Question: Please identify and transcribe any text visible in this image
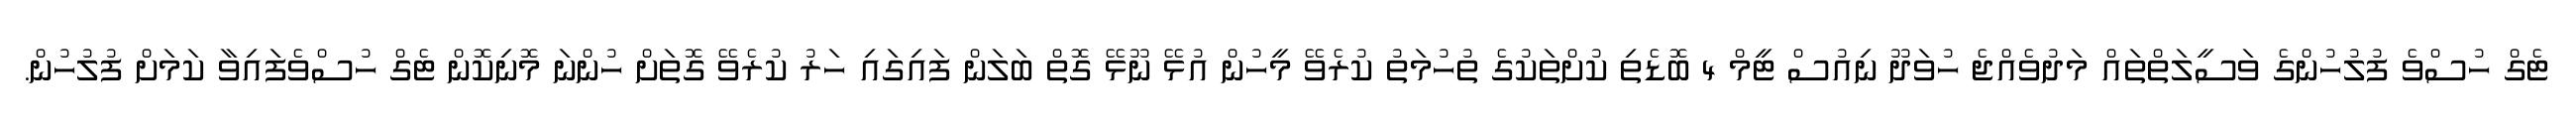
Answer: ޓެގް ހުސްވެ ފުލުހުންގެ ވަސީލަތްތައް މަދުވެއްޖެ ހުވަދޫ ނިއުސް ޓީމް 4 ބޮޑެތި ކުށްތަކުގެ ތުހުމަތު ކުރެވޭ މީހުން އުޅޭ ނޫޅޭ ގޮތް ބަލަން ފައިގައި ހަރު ކުރެވޭ ގޮތަށް ހުންނަ މޮނިކޮން ޓެގް ހުސްވެފައިވާ ކަމަށް ފުލުހުން.